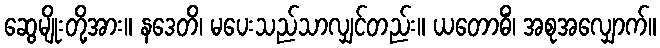
ဆွေမျိုးတို့အား။ နဒေတိ၊ မပေးသည်သာလျှင်တည်း။ ယတောဓိံ၊ အစုအလျှောက်။